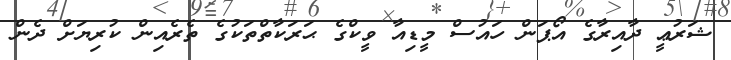
ޝަރުޢީ ދާއިރާގެ އޯޕަން ހައުސް މީޑިއާ ވީކްގެ ޙަރަކާތްތަކުގެ ތެރެއިން ކުރިޔަށް ދެން